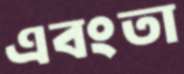
এবংতা